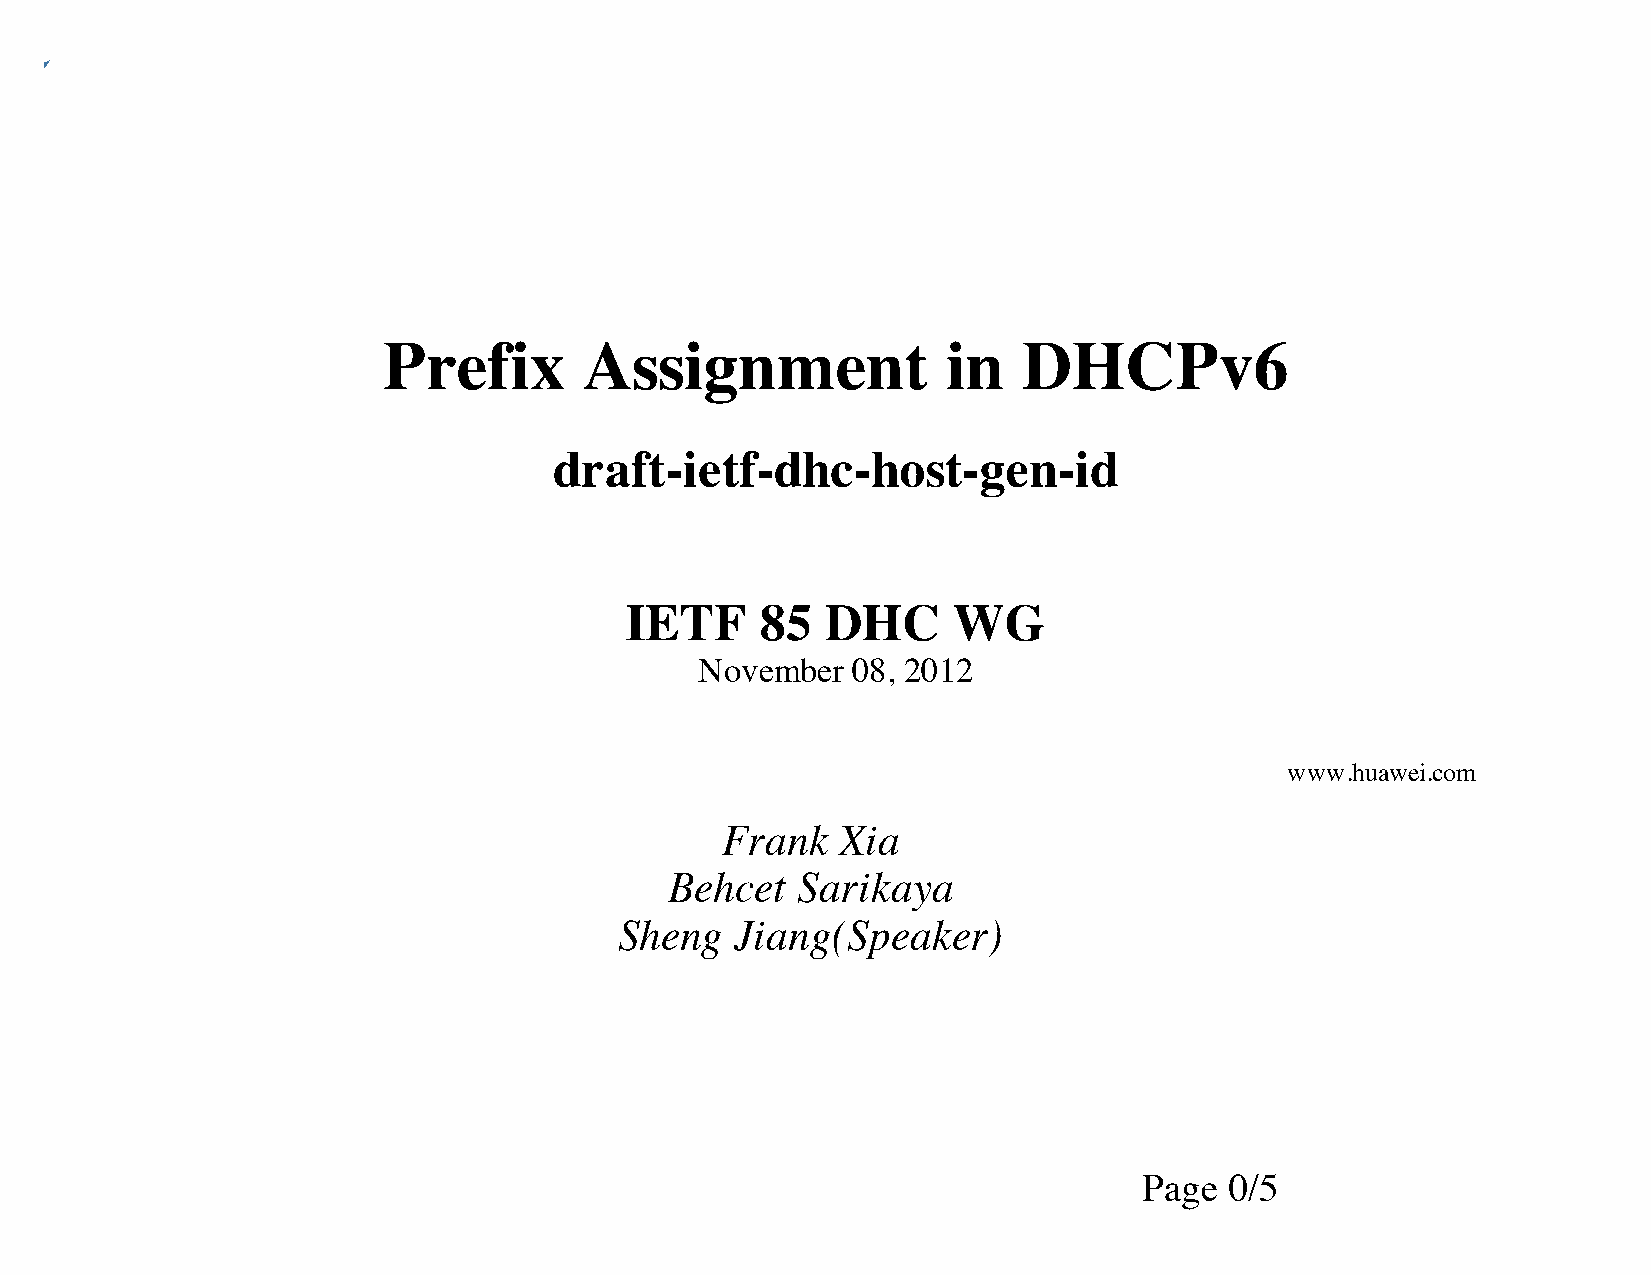
Prefix        Assignment              in   DHCPv6
 draft-ietf-dhc-host-gen-id
 IETF     85   DHC     WG
 November  08, 2012
 www.huawei.com
 Frank   Xia
 Behcet   Sarikaya
 Sheng   Jiang(Speaker)
 Page 0/5